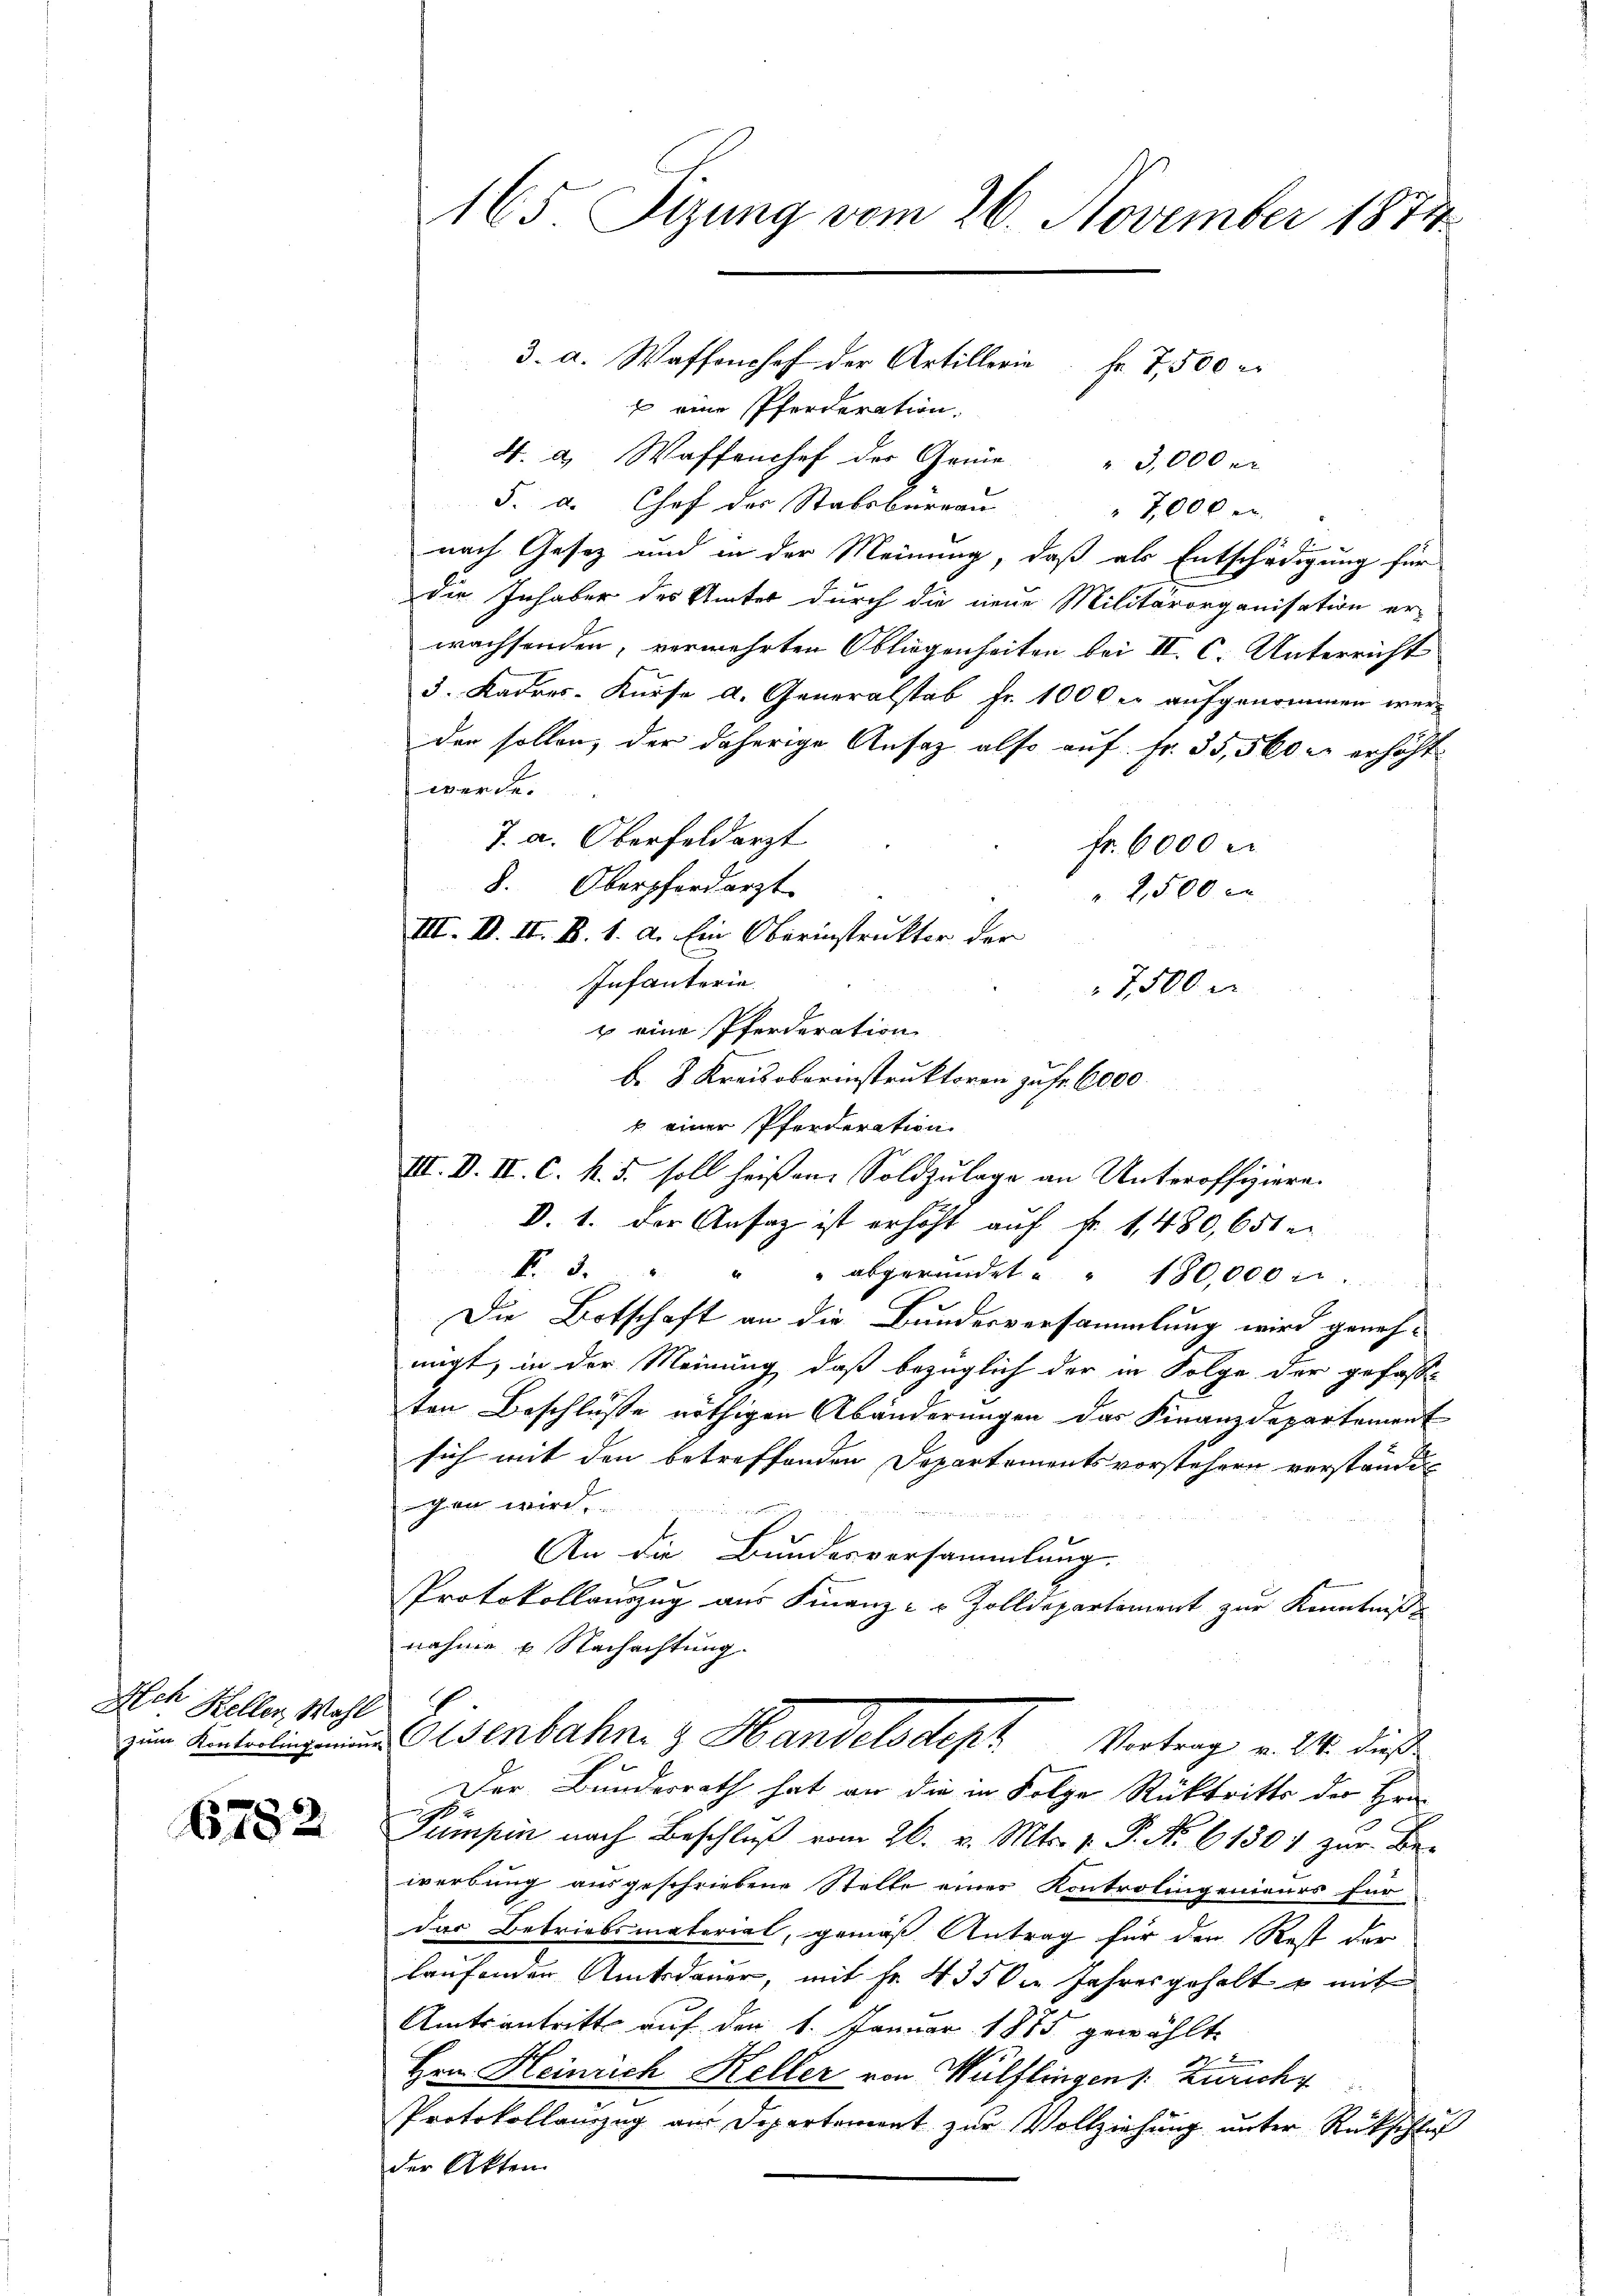
Ach Heller, Wahl

6782

165 Sizung vom 26. November 1874

3. a. Waffenhof der Artillerie Fr. 7,500 er
x eine Pferderation.
4. d. Waffenchef der Grüne " 3,000 r
F. d. Chef der Stabsbureau
7,000 e
nach Gesetz und in der Meinung, daß als Entschädigung für
Die Inhaber des Unter durch die neue Militärorganisation er-
wachsenden, vermehrten Obliegenheiten bei II. C. Unterricht
3. Kadres-Kurse d. Generalstab fr. 1000 er aufgenommen wer-
den sollen, der daherige Ansatz also auf Fr. 35,500 r. erhöht
werde.
7. a. Oberfeldarzt
fr. 6000 M
8. Oberpferdarzt
2,500
III. II. II. B. 1. d. Ein Oberinstrukter der
Infanterie.
7500 n
u eine Pferderation
b. 8. Kreisoberinstruktoren zu Fr. 6000.
b einer Pferderation
III. V. II. C. k. 5. soll heißen. Soldzulage an Unteroffiziere.
D. 1. der Ansaz ist erhöht auf fr. 1,480, 651 e
P. 3. " " " abgeründet " " 180,000 u.
Die Botschaft an die Bundesversammlung wird genehmigt, in der Meinung, daß bezüglich der in Folge der gefasse
ten Beschlüsse nöthigen Abänderungen das Finanzdepartement
sich mit den betreffenden Departementsvorstehern verständigen wird.
te wenn eine
An die Bundesversammlung.
b
Protokollauszug aus Finanz- u Zolldepartement zur Kenntniß
nahme u. Nachachtung.
 Eisenbahn Handelsdept Vortrag v. 24. dieß
Der Bundesrath hat an die in Folge Rücktritte der Hra
2
Pumpen nach Beschluß vom 26. v. Mts. v. P. No 61301 zur Be-
werbung ausgeschriebene Stelle einer Kontrolingenieurs für
das Betriebsmaterial, gemäß Antrag für den Rest der
laufenden Amtsdauer, mit Fr. 455 der Jahresgehalt u mit
Amtsantritt auf den 1. Januar 1875 gewählte
Hrn. Heinrich Keller von Wülflingen s. Züricht
Protokollauszug aus Departement zur Vollziehung unter Rückschluß
der Akten.